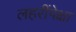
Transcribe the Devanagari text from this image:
लहरींपेक्षा